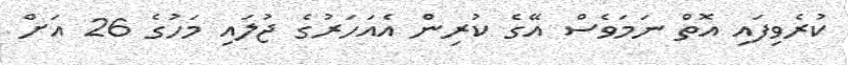
ކުރެވިފައި އޮތް ނަމަވެސް އޭގެ ކުރިން އެއަހަރުގެ ޖުލައި މަހުގެ 26 އަށް